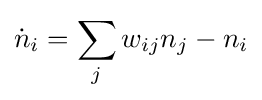
{\dot {n}}_{i}=\sum _{j}w_{ij}n_{j}-n_{i}